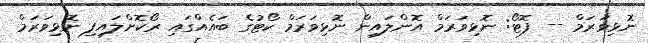
ނޮޅިވަރަމް -- ފޮޓޯ: ނޮޅިވަރަމް އޮންލައިން ނޮޅިވަރަމް ކޯޓުގެ ބައެއްގައި ރޯކޮށްލައިފި ނޮޅިވަރަމް